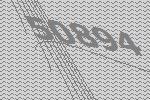
50894